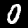
Label: 0